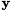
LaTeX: _{_\mathbf{y}}